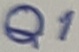
Text: Q1